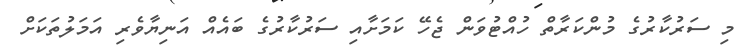
މި ސަރުކާރުގެ މުންކަރާތް ހުއްޓުވަން ޖެހޭ ކަމަށާއި ސަރުކާރުގެ ބައެއް އަނިޔާވެރި އަމަލުތަކަށް